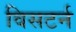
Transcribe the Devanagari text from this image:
विसटर्न